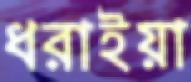
ধরাইয়া